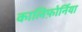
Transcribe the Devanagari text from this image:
कालिफ़ोर्निया